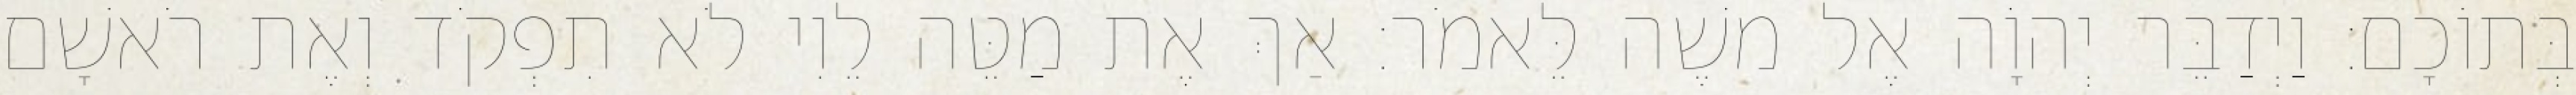
בְּתוֹכָם׃ וַיְדַבֵּר יְהוָֹה אֶל משֶׁה לֵּאמֹר׃ אַךְ אֶת מַטֵּה לֵוִי לֹא תִפְקֹד וְאֶת רֹאשָׁם